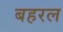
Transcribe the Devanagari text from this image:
बहरल